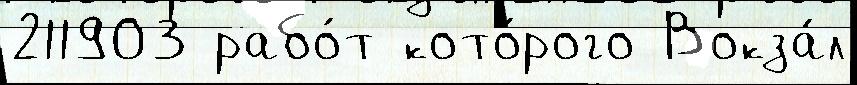
211903 рабо́т кото́рого Вокза́л